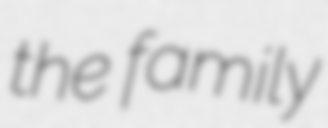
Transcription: the family